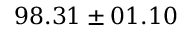
9 8 . 3 1 \pm 0 1 . 1 0